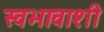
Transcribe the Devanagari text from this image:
स्वभावाशी